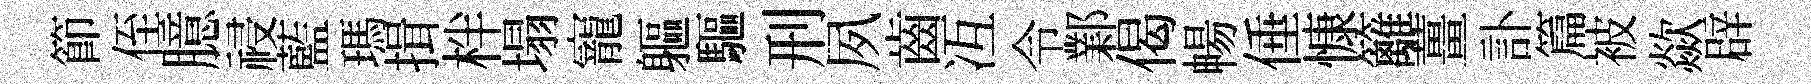
節侄臆祲藍瑪揖柈塌寵軀驅刑夙齒冱令鄴偈暢倕慷籬薑訃篇被歘辟